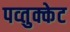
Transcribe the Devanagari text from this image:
पव्तुक्केट